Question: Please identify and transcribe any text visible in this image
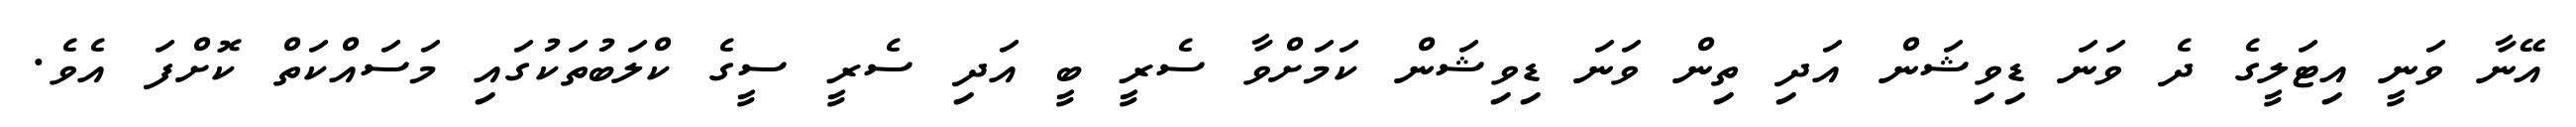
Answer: އޭނާ ވަނީ އިޓަލީގެ ދެ ވަނަ ޑިވިޝަން އަދި ތިން ވަނަ ޑިވިޝަން ކަމަށްވާ ސެރީ ބީ އަދި ސެރީ ސީގެ ކްލަބުތަކުގައި މަސައްކަތް ކޮށްފަ އެވެ.